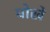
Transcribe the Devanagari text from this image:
घोखे